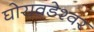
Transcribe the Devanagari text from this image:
घोरावडेश्वर